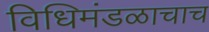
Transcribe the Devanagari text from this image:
विधिमंडळाचाच